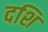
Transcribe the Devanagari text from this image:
दशि